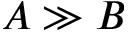
A \gg B